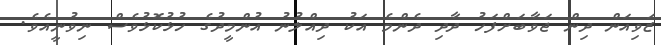
ޒަވިއަން ދިން ޖަވާބަށްފަހު ދާދި ދެންމެ އަކު ދިއްލުނު އުންމީދުގެ ހުުޅުކޮޅުވެސް ނިވުނީއެވެ.